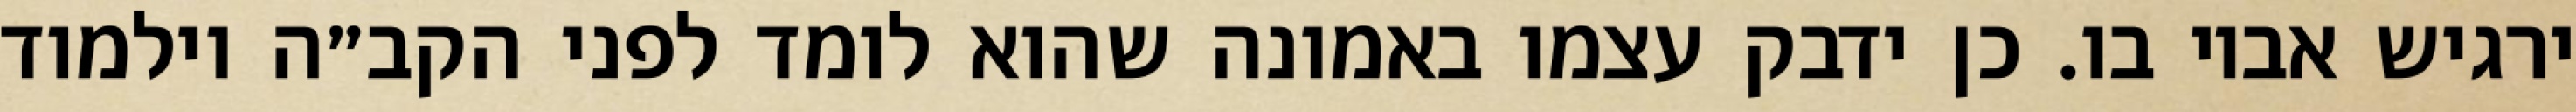
ירגיש אביו בו. כן ידבק עצמו באמונה שהוא לומד לפני הקב״ה וילמוד